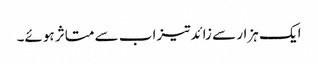
ایک ہزار سے زائدتیزاب سے متاثر ہوئے۔